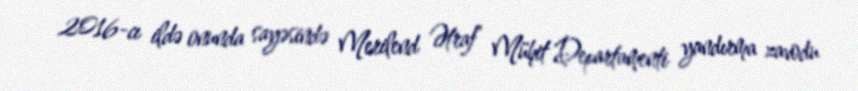
2016-cı ildə onunda sayəsində Merilend Ətraf Mühit Departamenti yandırma zavodu